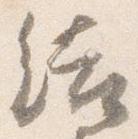
結